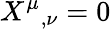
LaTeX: {X^{\mu}}_{,\nu}=0